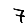
Digit: 7